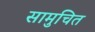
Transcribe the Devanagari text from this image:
सामुचित